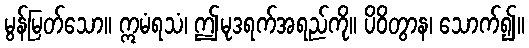
မွန်မြတ်သော။ ဣမံရသံ၊ ဤမုဒရက်အရည်ကို။ ပိဝိတွာန၊ သောက်၍။